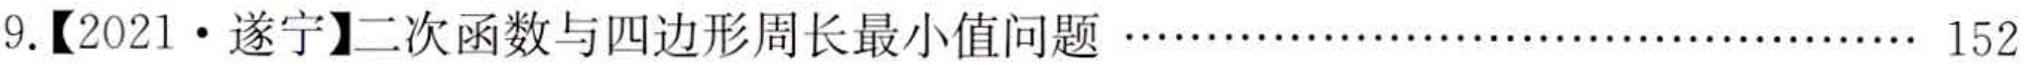
9.【2021·遂宁】二次函数与四边形周长最小值问题······ 152